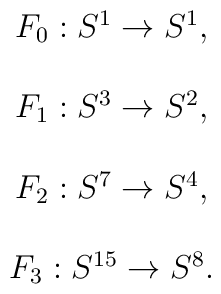
\begin{array}{c}F_0:S^1\rightarrow S^1, \\ \\ F_1:S^3\rightarrow S^2, \\ \\ F_2:S^7\rightarrow S^4, \\ \\ F_3:S^{15}\rightarrow S^8.\end{array}